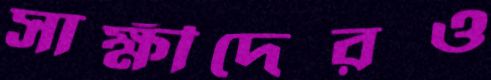
সাক্ষীদেরও